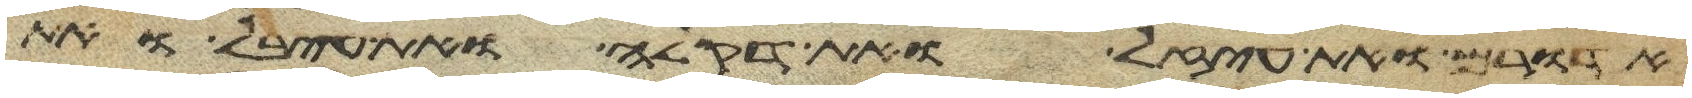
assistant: אדורם ואת עיזל ואת דקלה ואת עיבל ואת